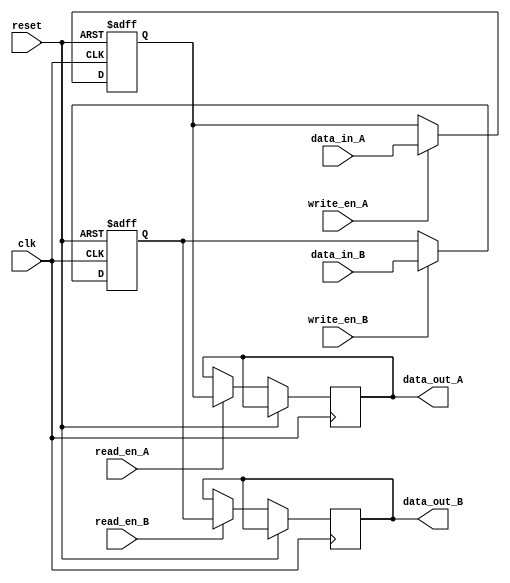
module dual_port_bypass(
    input wire clk,
    input wire reset,
    input wire [DATA_WIDTH-1:0] data_in_A,
    input wire write_en_A,
    output reg [DATA_WIDTH-1:0] data_out_A,
    input wire read_en_A,
    input wire [DATA_WIDTH-1:0] data_in_B,
    input wire write_en_B,
    output reg [DATA_WIDTH-1:0] data_out_B,
    input wire read_en_B
);

parameter DATA_WIDTH = 8;

reg [DATA_WIDTH-1:0] reg_A;
reg [DATA_WIDTH-1:0] reg_B;

always @(posedge clk or posedge reset) begin
    if (reset) begin
        reg_A <= 0;
        reg_B <= 0;
    end else begin
        if (write_en_A) begin
            reg_A <= data_in_A;
        end
        if (read_en_A) begin
            data_out_A <= reg_A;
        end
        if (write_en_B) begin
            reg_B <= data_in_B;
        end
        if (read_en_B) begin
            data_out_B <= reg_B;
        end
    end
end

endmodule